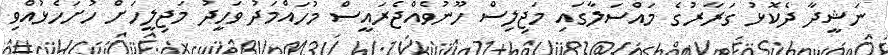
ނަޝީދާ ދެކޮޅު ގަރާރުގެ މައްސަލާގައި މަޖިލިސް ހޫނުވެއްޖެރައީސް މުހައްމަދު ވަހީދު މަޖިލީހަށް ހުށަހެޅުއްވި